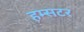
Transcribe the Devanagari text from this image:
हम्सटर